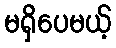
မရှိပေမယ့်